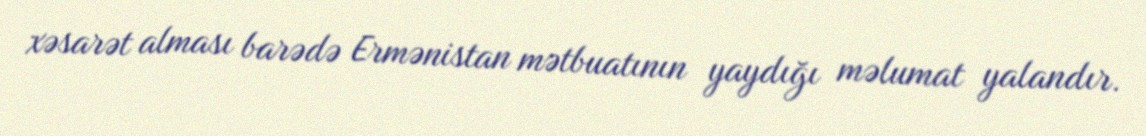
xəsarət alması barədə Ermənistan mətbuatının yaydığı məlumat yalandır.